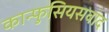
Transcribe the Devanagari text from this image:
कान्फुसियसवाद